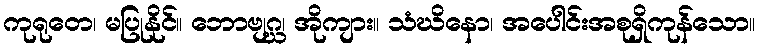
ကုရုတေ၊ မပြုနိုင်။ ဘောဗျဂ္ဃ၊ အိုကျား။ သံဃိနော၊ အပေါင်းအစုရှိကုန်သော။